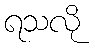
ရသလို